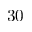
3 0